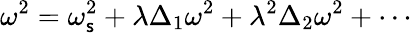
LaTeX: \omega^{2}=\omega_{\mathsf{s}}^{2}+\lambda\Delta_{1}\omega^{2}+\lambda^{2}\Delta_{2}\omega^{2}+\cdots